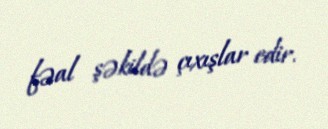
fəal şəkildə çıxışlar edir.